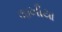
લાખીયા